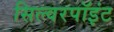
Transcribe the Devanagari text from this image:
सिल्वरपॉइंट